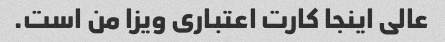
عالی اینجا کارت اعتباری ویزا من است.